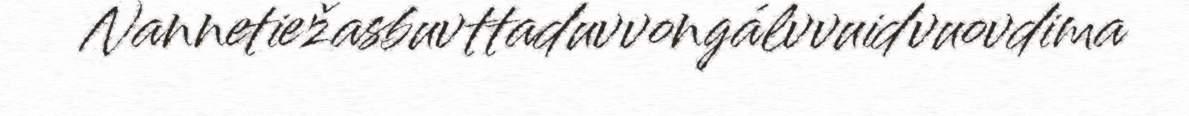
Nannetiežasbuvttaduvvongálvvuidvuovdima